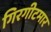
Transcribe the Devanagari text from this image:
गिरगीटमार